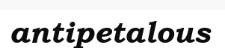
antipetalous